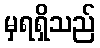
မှရရှိသည်